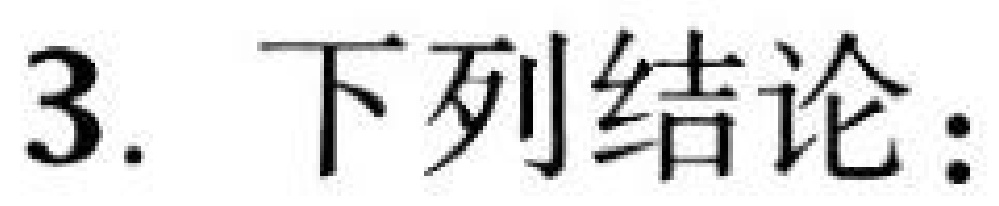
3. 下列结论：